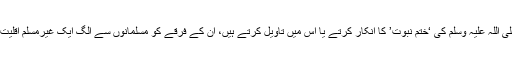
جو لوگ حضرت ختمی مآب صلی اللہ علیہ وسلم کی ‘ختم نبوت’ کا انکار کرتے یا اس میں تاویل کرتے ہیں، ان کے فرقے کو مسلمانوں سے الگ ایک غیرمسلم اقلیت قرار دیا جائے گا وغیرہ وغیرہ۔